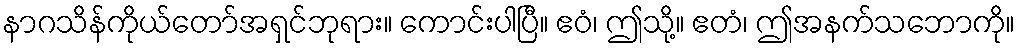
နာဂသိန်ကိုယ်တော်အရှင်ဘုရား။ ကောင်းပါပြီ။ ဧဝံ၊ ဤသို့။ ဧတံ၊ ဤအနက်သဘောကို။